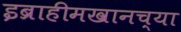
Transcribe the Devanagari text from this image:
इब्राहीमखानच्या